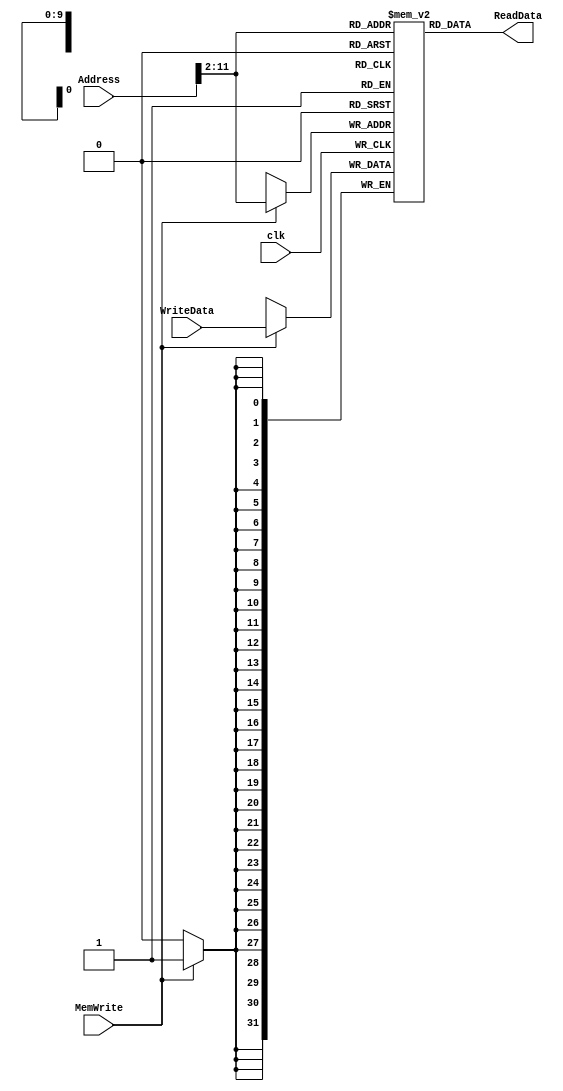
module dmem( clk, MemWrite, Address,WriteData,ReadData
    );
	 input clk;
	 input MemWrite;
	 input [31:0] Address ,WriteData ;
	 output  [31:0] ReadData;
	 reg MemReady;
	 reg [31:0]RAM[1023:0];
	 assign ReadData= RAM [Address[31:2]];
	 always@(posedge clk)
	 begin
	 MemReady <= 1'b1;
		if(MemWrite)
			begin
			RAM[Address[31:2]] <= WriteData;
			end
	end
endmodule